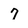
Character: 7